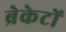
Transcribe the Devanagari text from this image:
ब्रेकेटों